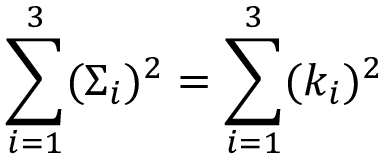
\sum _ { i = 1 } ^ { 3 } ( \Sigma _ { i } ) ^ { 2 } = \sum _ { i = 1 } ^ { 3 } ( k _ { i } ) ^ { 2 }